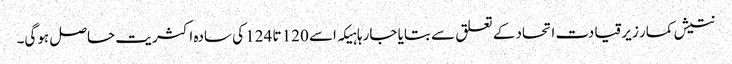
نتیش کمار زیرقیادت اتحاد کے تعلق سے بتایا جارہا ہیکہ اسے 120 تا 124 کی سادہ اکثریت حاصل ہوگی۔